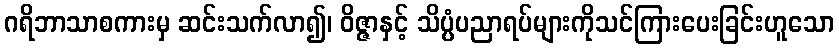
ဂရိဘာသာစကားမှ ဆင်းသက်လာ၍၊ ဝိဇ္ဇာနှင့် သိပ္ပံပညာရပ်များကိုသင်ကြားပေးခြင်းဟူသော